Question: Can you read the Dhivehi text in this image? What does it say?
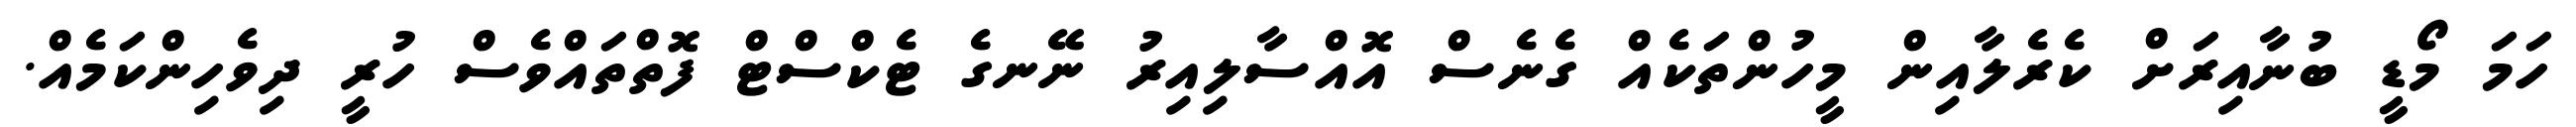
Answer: ހަމަ މޯޑީ ބުނާއިރަށް ކެރެލާއިން މީހުންތަކެއް ގެނެސް އޮއްސާލިއިރު ނޭނގެ ޓެކްސްޓް ފޮތްތައްވެސް ހުރީ ދިވެހިންކަމެއް.